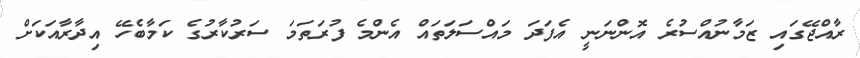
ރާއްޖޭގައި ޒަމާނުއްސުރެ އޮންނަނީ އެފަދަ މައްސަލަތައް އެންމެ ފުރަތަމަ ސަރުކާރުގެ ކަމާބެހޭ އިދާރާއަކަށް